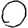
Digit: 0